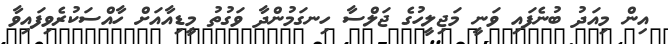
އިން މިއަދު ބުނެފައި ވަނީ މަޖިލީހުގެ ޖަލްސާ ހިނގަމުންދާ ވަގުތު މީޑިއާއަށް ހާއްސަކުރެވިފައިވާ